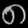
Digit: ၈